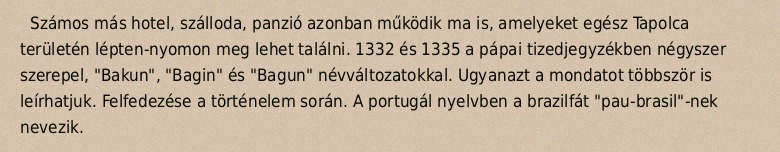
Számos más hotel, szálloda, panzió azonban működik ma is, amelyeket egész Tapolca területén lépten-nyomon meg lehet találni. 1332 és 1335 a pápai tizedjegyzékben négyszer szerepel, "Bakun", "Bagin" és "Bagun" névváltozatokkal. Ugyanazt a mondatot többször is leírhatjuk. Felfedezése a történelem során. A portugál nyelvben a brazilfát "pau-brasil"-nek nevezik.